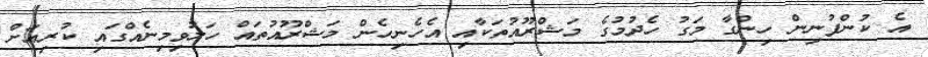
އެ ކުންފުނިން ހިންގާ މަގު ހެދުމުގެ މަޝްރޫއުތަކާއި އެހެނިހެން މަޝްރޫއުތައް ހަލުވިމިނެއްގައި ކުރިއަށް